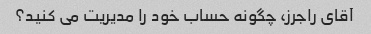
آقای راجرز، چگونه حساب خود را مدیریت می کنید؟